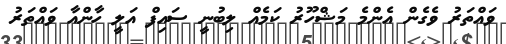
ވައްތަރު ވެގެން އެންމެ މަޝްހޫރު ކަމެއް ލިބުނީ ސައިފް އަލީ ހާންއާ ވައްތަރު